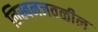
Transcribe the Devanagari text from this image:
लिस्बनजवळील